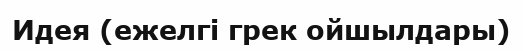
Идея (ежелгі грек ойшылдары)